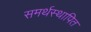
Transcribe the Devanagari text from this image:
समर्थस्थापित